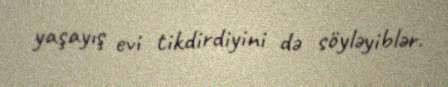
yaşayış evi tikdirdiyini də söyləyiblər.